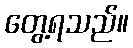
တွေ့ရသည်။